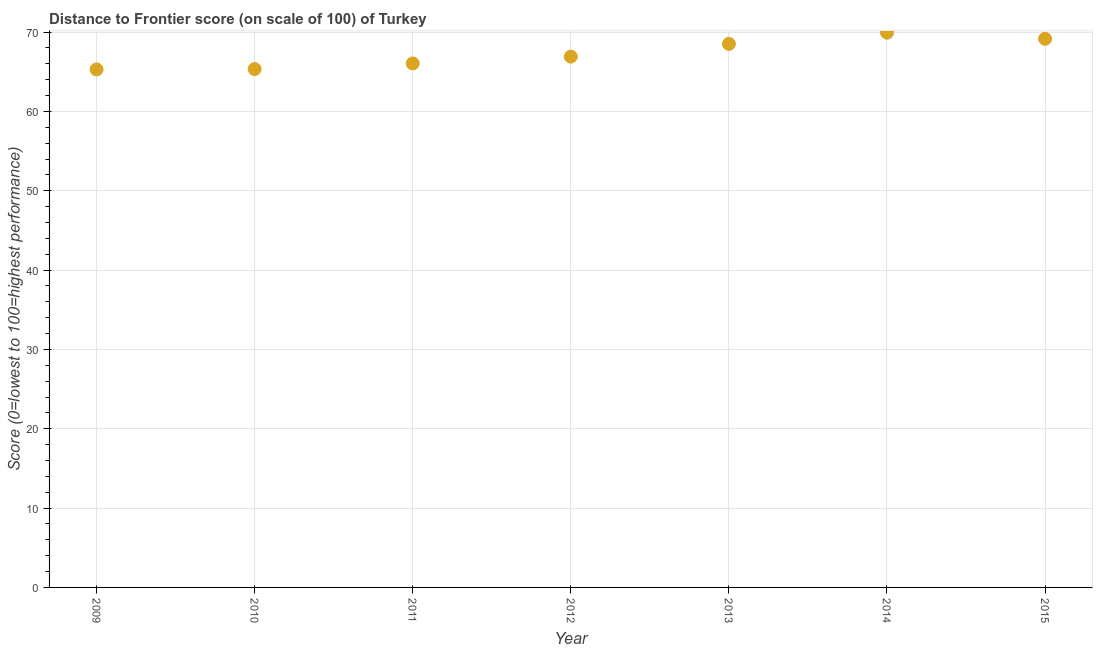
| Year | Distance to frontier score |
 | --- | --- |
 | 2009 | 65.3 |
 | 2010 | 65.3 |
 | 2011 | 66 |
 | 2012 | 66.9 |
 | 2013 | 68.5 |
 | 2014 | 69.9 |
 | 2015 | 69.2 |